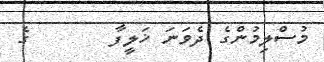
މުސްލިމުންގެ ދެވަނަ ޚަލީފާ       ގެ